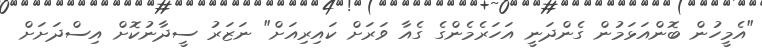
"އެމީހުން ބޮންއަޅަމުން ގެންދަނީ އަހަރެމެންގެ ގެއާ ވަރަށް ކައިރިއަށް" ނަޒަރު ސީދާނުކޮށް އިސްދަށަށް